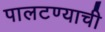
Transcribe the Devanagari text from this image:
पालटण्याची